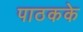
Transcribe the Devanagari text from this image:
पाठकके